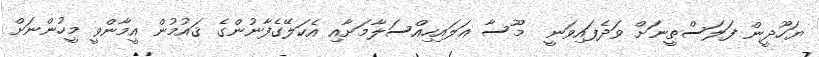
ޔަހޫދީން ފަލަސްޠީނަށް ވަދެފައިވަނީ  މޫސާ ޢަލައިހިއްސަލާމަށާއި އެކަލޭގެފާނުންގެ ޤައުމުން އީމާންވީ މީހުންނަށް